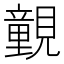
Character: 䚒